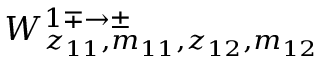
W _ { z _ { 1 1 } , m _ { 1 1 } , z _ { 1 2 } , m _ { 1 2 } } ^ { 1 \mp \rightarrow \pm }